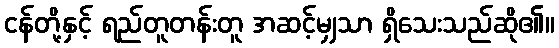
ငန်တို့နှင့် ရည်တူတန်းတူ အဆင့်မျှသာ ရှိသေးသည်ဆို၏။